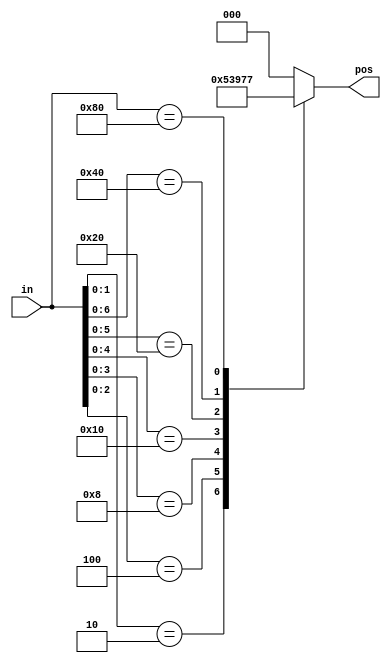
// synthesis verilog_input_version verilog_2001
module top_module (
    input [7:0] in,
    output reg [2:0] pos
);

  always @* begin
    casez (in[7:0])
      8'bzzzzzzz1: pos = 3'h0;
      8'bzzzzzz10: pos = 3'h1;
      8'bzzzzz100: pos = 3'h2;
      8'bzzzz1000: pos = 3'h3;
      8'bzzz10000: pos = 3'h4;
      8'bzz100000: pos = 3'h5;
      8'bz1000000: pos = 3'h6;
      8'b10000000: pos = 3'h7;
      default: pos = 3'h0;
    endcase
  end

endmodule